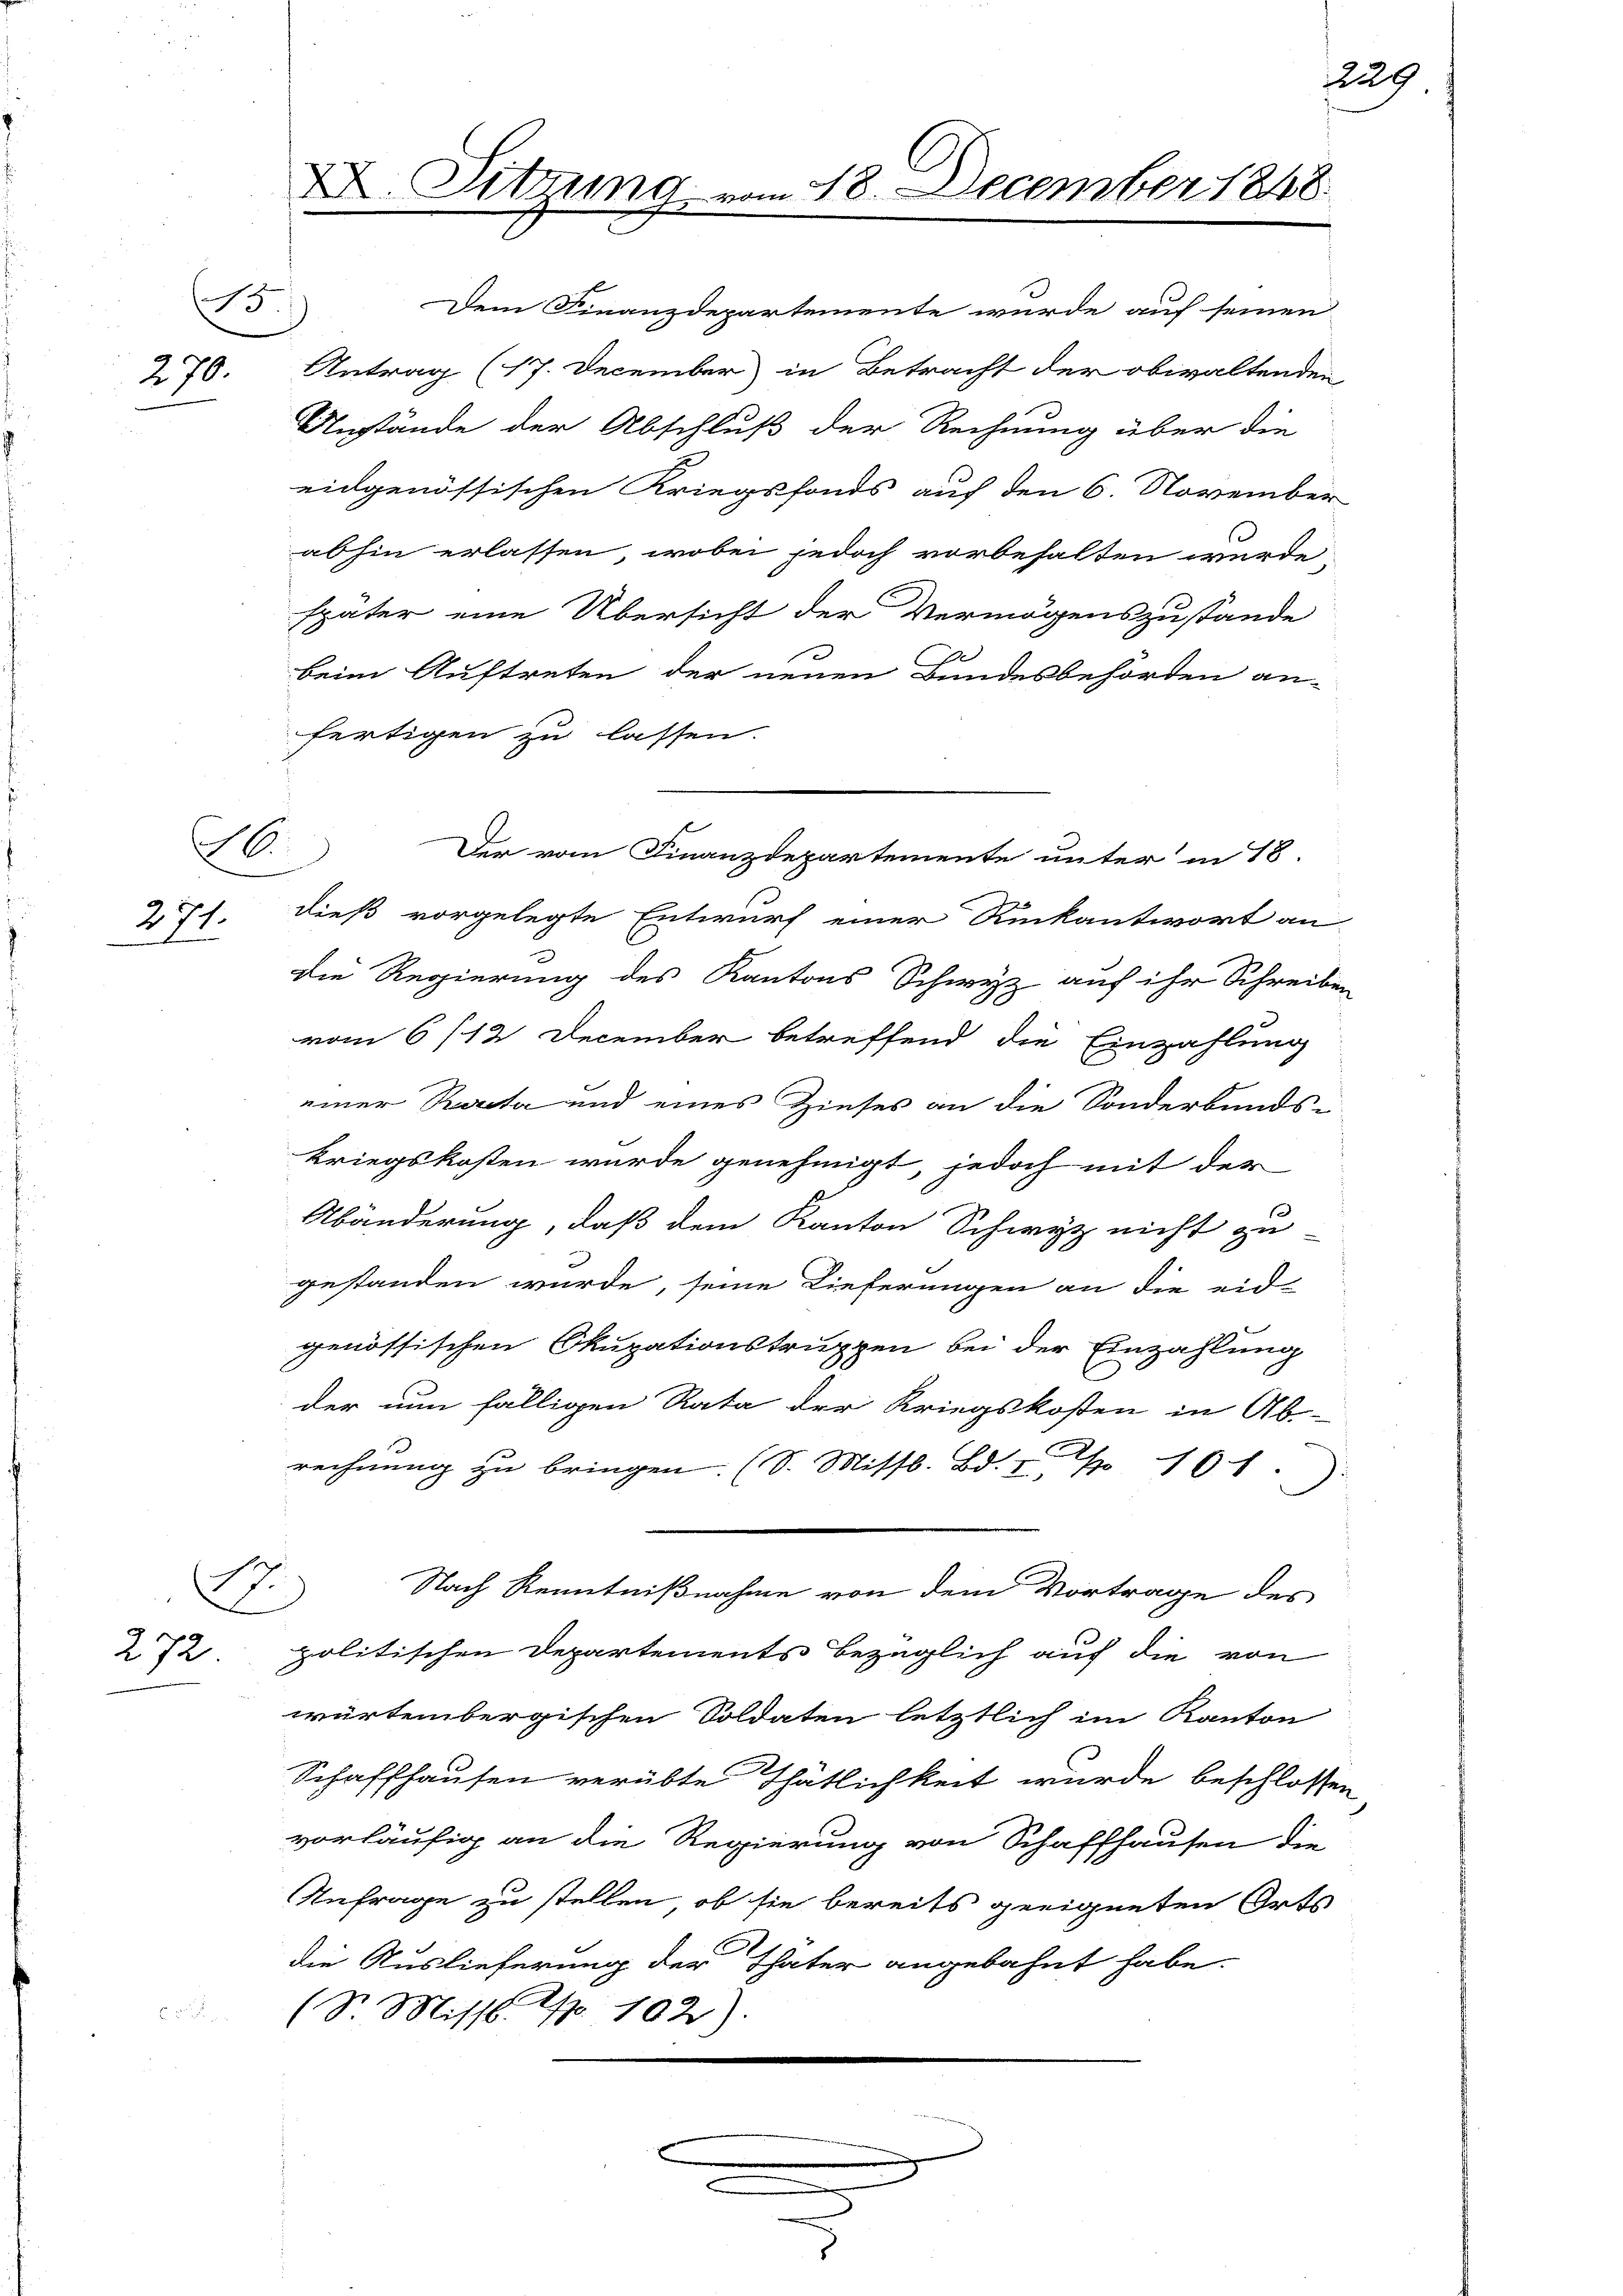
270.

271.

B.

A

E

272

XX. Sitzung vom 18. December 1848.
.

Dem Finanzdepartemente wurde auf seinen
Antrag (17. December in Betracht der obwaltenden
Anstände der Abschluß der Rechnung über die
eidgenössischen Kriegsfonds auf den 6. November
abhin erlassen, wobei jedoch vorbehalten wurde
später eine Übersicht der Vermögenszustande
beim Auftreten der neuen Bundesbehörden an-
fertigen zu lassen.
dieß vorgelegte Entwurf einer Rückantwort an
Die Regierung des Kantons Schwyz auf ihr Schreiben
vom 6/12 December betreffend die Einzahlung
einer Rata und eines Zieses an die Sonderbands-
kriegskosten wurde genehmigt, jedoch mit der
Abänderung, daß dem Kanton Schwyz nicht zu-
gestanden wurde, seine Lieferungen an die eid-
genössischen Okupationstruppen bei der Einzahlung
der nun fälligen Rata der Kriegskosten in Ab-
rechnung zu bringen. (S. Mittl. Bd. I S. 16.
.
Nach Kenntnißnahme von dem Vortrage des
politischen Departements bezüglich auf die von
würtembergischen Soldaten letztlich im Kanton
Schaffhausen verübte Thätlichkeit wurde beschlossen
vorläufig an die Regierung von Schaffhausen die
Anfrage zu stellen, ob sie bereits geeigneten Orts
die Auslieferung der Thäter angebahnt habe.
(St. Missl. pr. 102).
.

c

Der vom Finanzdepartemente unter in 18.

229